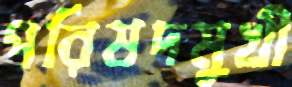
পরিষদমুখী